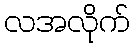
လအလိုက်